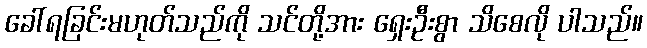
ခေါ်ရခြင်းမဟုတ်သည်ကို သင်တို့အား ရှေးဦးစွာ သိစေလို ပါသည်။